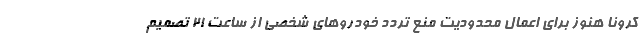
کرونا هنوز برای اعمال محدودیت منع تردد خودروهای شخصی از ساعت ٢١ تصمیم